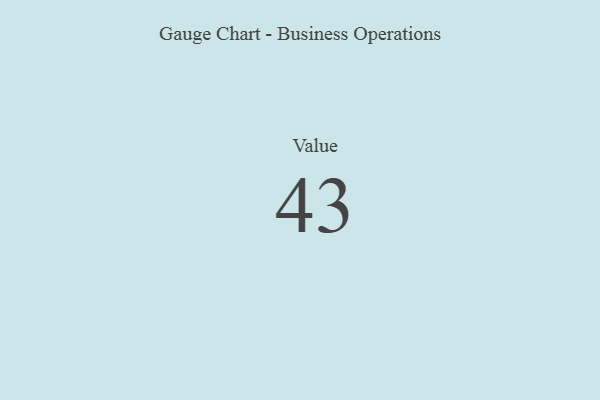
{"axis": {"x": "Metric", "y": "Value"}, "legend": [""], "data": [{"x": "Value", "y": 43, "type": ""}]}